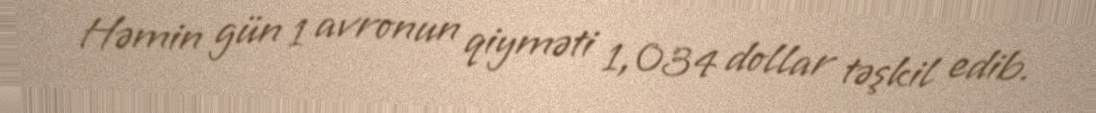
Həmin gün 1 avronun qiyməti 1,034 dollar təşkil edib.